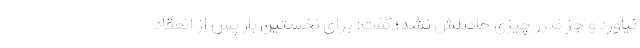
نیاورد و جز ضرر چیزی حاصلش نشد؛ گفت: برای نخستین بار پس از انعقاد